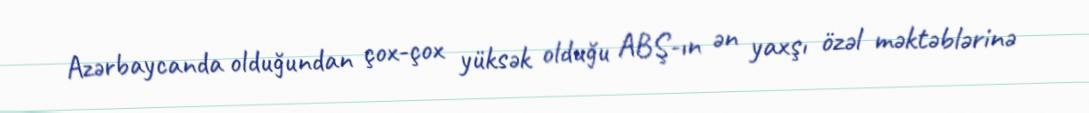
Azərbaycanda olduğundan çox-çox yüksək olduğu ABŞ-ın ən yaxşı özəl məktəblərinə